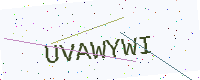
Text: UVAWYWI